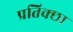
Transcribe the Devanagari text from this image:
प्रतिक्छा